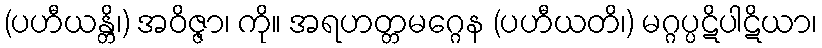
(ပဟီယန္တိ၊) အဝိဇ္ဇာ၊ ကို။ အရဟတ္တမဂ္ဂေန (ပဟီယတိ၊) မဂ္ဂပ္ပဋိပါဋိယာ၊